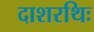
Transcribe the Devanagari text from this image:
दाशरथिः